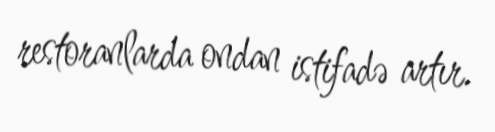
restoranlarda ondan istifadə artır.